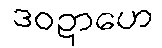
ဒဝဍာဟေ